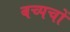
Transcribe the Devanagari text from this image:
बच्पचों